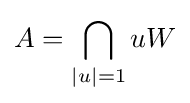
A=\bigcap _{|u|=1}uW